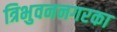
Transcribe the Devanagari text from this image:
त्रिभुवननगरका